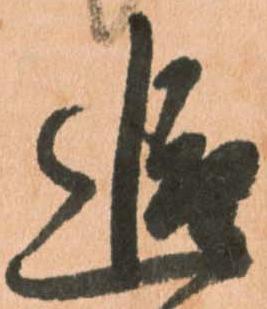
追